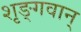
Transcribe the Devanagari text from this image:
शृङ्गवान्